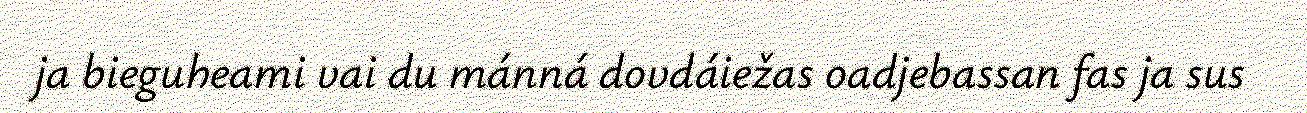
ja bieguheami vai du mánná dovdáiežas oadjebassan fas ja sus